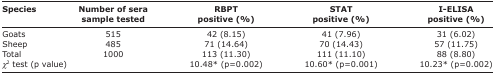
<table><thead><tr><td><b>Species</b></td><td><b>Number of sera sample tested</b></td><td><b>RBPT positive (%)</b></td><td><b>STAT positive (%)</b></td><td><b>IELISA positive (%)</b></td></tr></thead><tbody><tr><td>Goats</td><td>515</td><td>42 (8.15)</td><td>41 (7.96)</td><td>31 (6.02)</td></tr><tr><td>Sheep</td><td>485</td><td>71 (14.64)</td><td>70 (14.43)</td><td>57 (11.75)</td></tr><tr><td>Total</td><td>1000</td><td>113 (11.30)</td><td>111 (11.10)</td><td>88 (8.80)</td></tr><tr><td colspan="2"><i>χ</i><sup>2</sup> test (p value)</td><td>10.48* (p=0.002)</td><td>10.60* (p=0.001)</td><td>10.23* (p=0.002)</td></tr></tbody></table>